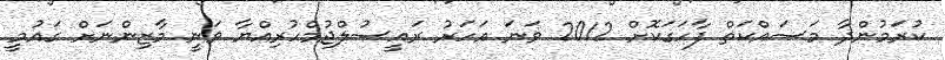
ކުރަމުންދާ މަސައްކަތް ފާހަގަކޮށް 2012 ވަނަ އަހަރު ރައީސުލްޖުމްހުރިއްޔާ ވަނީ މާޒިންނަށް ގައުމީ